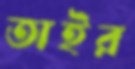
তাইর